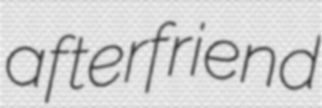
afterfriend